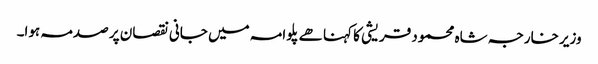
وزیر خارجہ شاہ محمود قریشی کا کہنا ھے پلوامہ میں جانی نقصان پر صدمہ ہوا۔